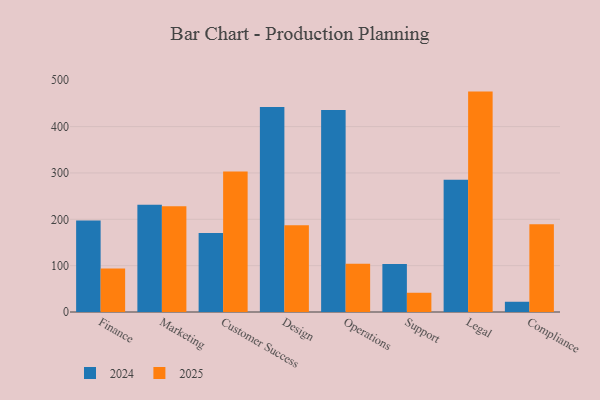
{"axis": {"x": "Department", "y": "Headcount"}, "legend": ["2024", "2025"], "data": [{"x": "Finance", "y": 197.3, "type": "2024"}, {"x": "Finance", "y": 94.0, "type": "2025"}, {"x": "Marketing", "y": 231.6, "type": "2024"}, {"x": "Marketing", "y": 228.4, "type": "2025"}, {"x": "Customer Success", "y": 170.7, "type": "2024"}, {"x": "Customer Success", "y": 303.1, "type": "2025"}, {"x": "Design", "y": 442.1, "type": "2024"}, {"x": "Design", "y": 187.3, "type": "2025"}, {"x": "Operations", "y": 435.6, "type": "2024"}, {"x": "Operations", "y": 104.3, "type": "2025"}, {"x": "Support", "y": 103.5, "type": "2024"}, {"x": "Support", "y": 41.5, "type": "2025"}, {"x": "Legal", "y": 285.5, "type": "2024"}, {"x": "Legal", "y": 475.5, "type": "2025"}, {"x": "Compliance", "y": 22.1, "type": "2024"}, {"x": "Compliance", "y": 189.4, "type": "2025"}]}